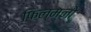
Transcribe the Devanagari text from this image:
फिल्म्नो